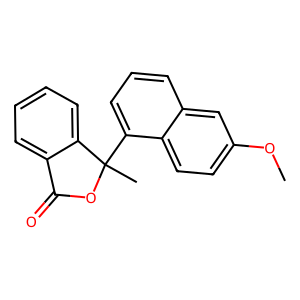
SMILES: COc1ccc2c(C3(C)OC(=O)c4ccccc43)cccc2c1
Inhibits HIV replication: No